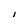
Character: I